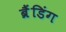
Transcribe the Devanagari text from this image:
ब्रैंडिंग